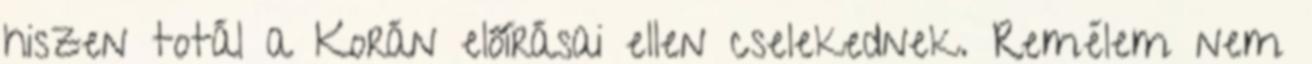
hiszen totál a Korán előírásai ellen cselekednek. Remélem nem